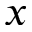
x